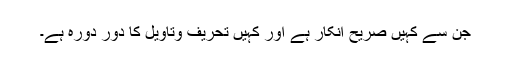
جن سے کہیں صریح انکار ہے اور کہیں تحریف وتاویل کا دور دورہ ہے۔